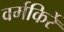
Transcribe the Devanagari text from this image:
वर्मकिर्रे